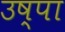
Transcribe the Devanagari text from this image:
उष्पा